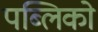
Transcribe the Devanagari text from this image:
पब्लिको